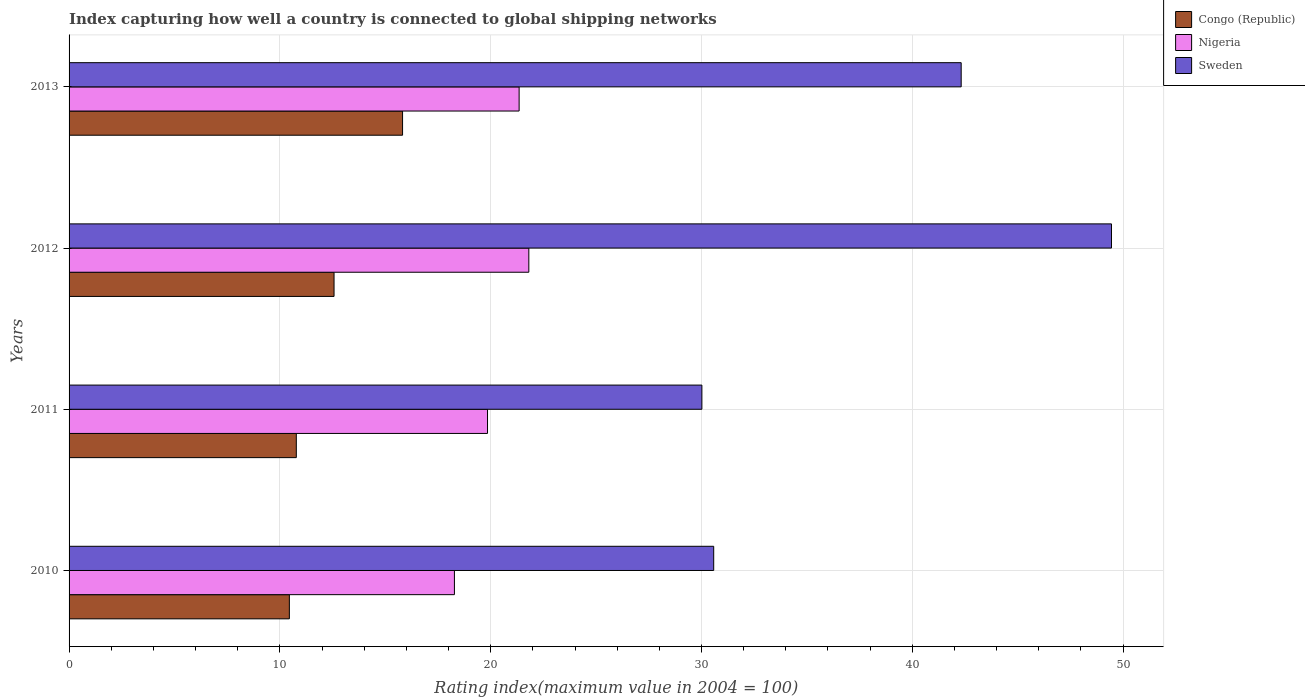
| Years | Congo (Republic) | Nigeria | Sweden |
 | --- | --- | --- | --- |
 | 2010 | 10.4 | 18.3 | 30.6 |
 | 2011 | 10.8 | 19.9 | 30 |
 | 2012 | 12.6 | 21.8 | 49.5 |
 | 2013 | 15.8 | 21.4 | 42.3 |